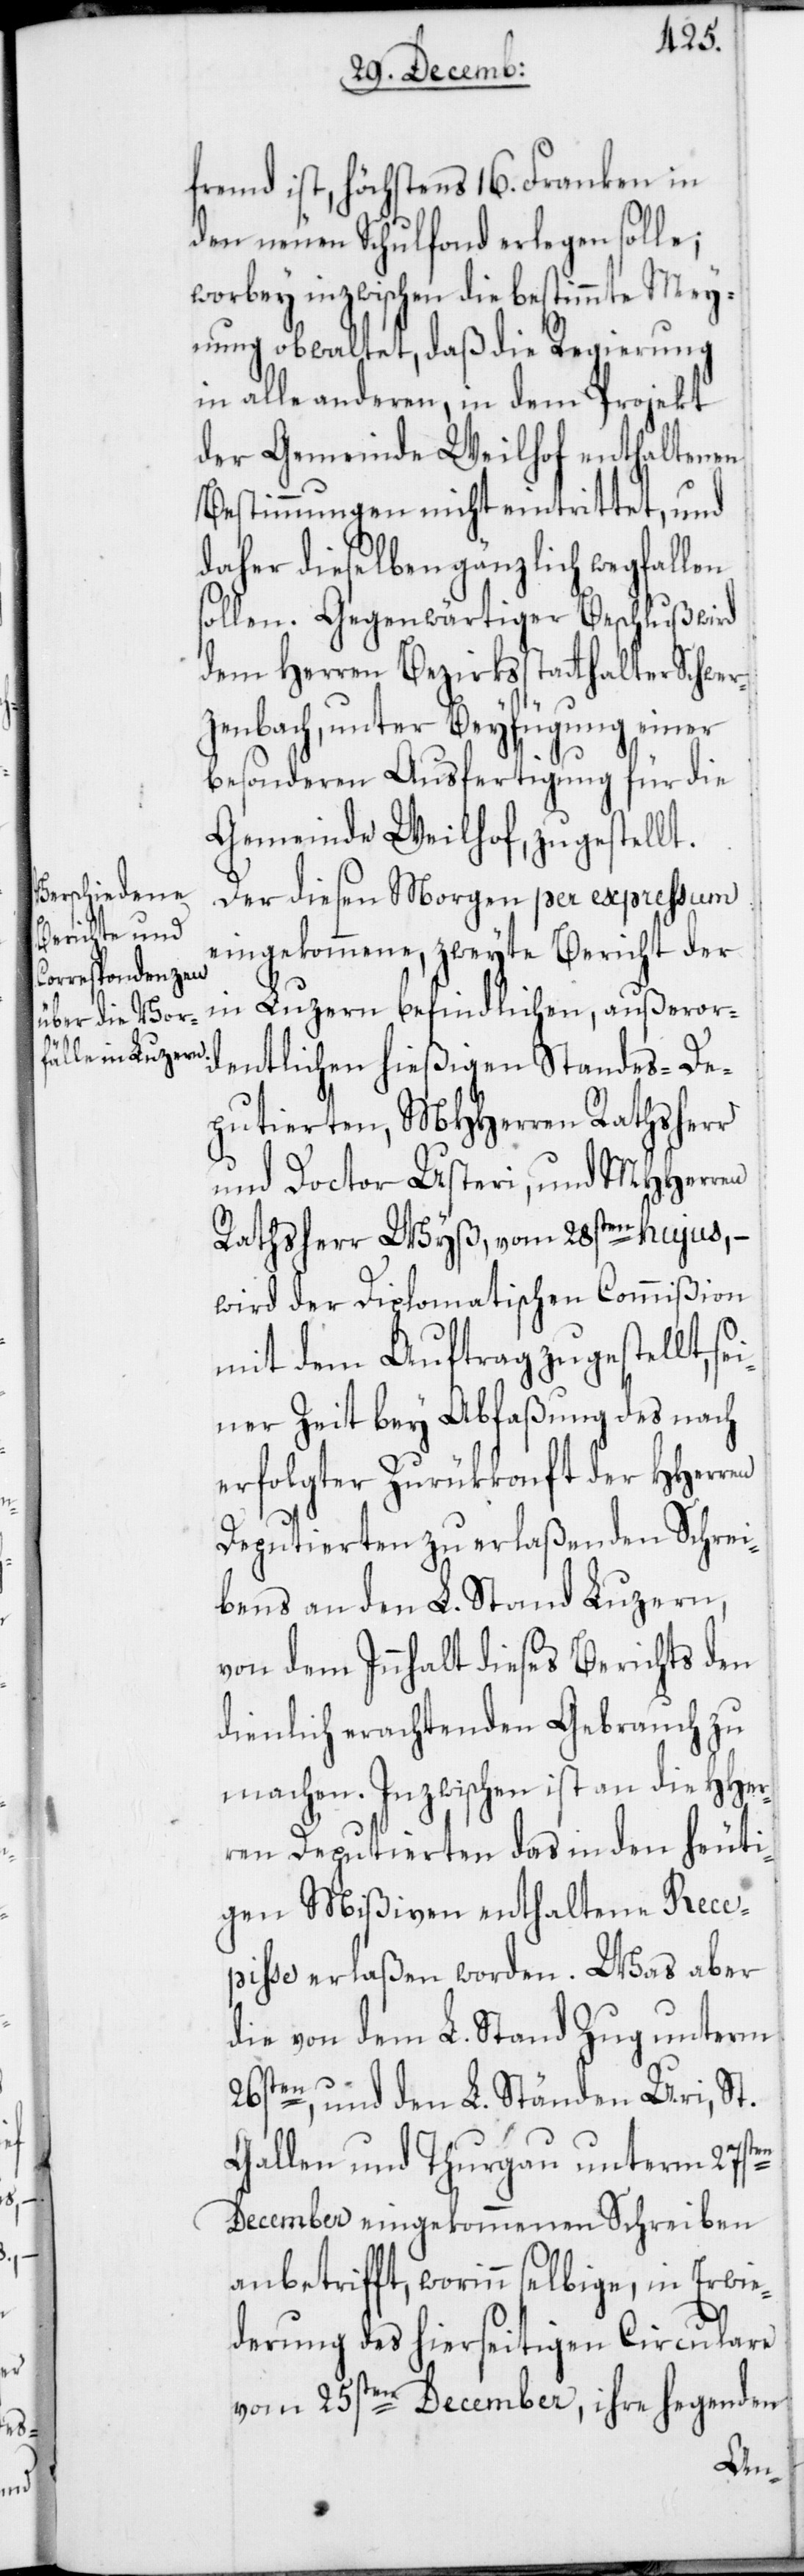
fremd ist, höchstens 16. Franken in
den neuen Schulfonds erlegen solle;
worbey inzwischen die bestimmte Mey¬
nung obwaltet, daß die Regierung
in alle anderen, in dem Projekt
der Gemeinde Weilhof enthaltenen
Bestimmungen nicht eintrittet, und
daher dieselben gänzlich wegfallen
Gegenwärtiger Beschluß wird
dem Herren Bezirksstatthalter Schwer¬
zenbach, unter Beyfügung einer
besonderen Ausfertigung für die
Gemeinde Weilhof, zugestellt.
Der diesen Morgen per expressum
eingekommene, zweyte Bericht der
in Luzern befindlichen, außeror¬
dentlichen hießigen Standes-De¬
putierten, MHHerren Rathsherr
und Doctor Usteri, und MHHerren
Rathsherr Wyß, vom 28sten hujus, –
wird der Diplomatischen Commißion
mit dem Auftrag zugestellt, se¬
iner Zeit bey Abfaßung des nach
erfolgter Zurükkonft der HHerren
Deputierten zu erlaßenden Schrei¬
bens an den L. Stand Luzern,
von dem Innhalt dieses Berichts den
dienlich erachtenden Gebrauch zu
machen. Inzwischen ist an die HHer¬
ren Deputierten das in den heuti¬
gen Mißiven enthaltene Rece¬
pisse erlaßen worden. Was aber
die von dem L. Stand Zug unterm
26sten, und den L. Ständen Uri, St.
Gallen und Thurgau unterm 27sten
December eingekommenen Schreiben
anbetrifft, worinn selbige, in Erwie¬
derung des hierseitigen Circulare
vom 25sten December, ihre hegenden